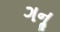
ગનૢ